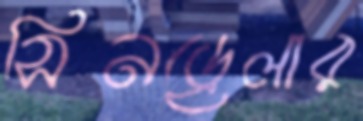
সিনড্রেলার